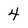
Character: 4